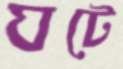
ঘটে